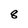
Character: 8